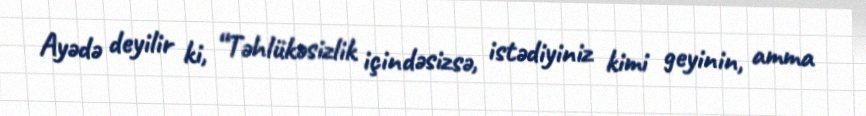
Ayədə deyilir ki, “Təhlükəsizlik içindəsizsə, istədiyiniz kimi geyinin, amma